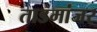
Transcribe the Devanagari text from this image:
ताडमांजर